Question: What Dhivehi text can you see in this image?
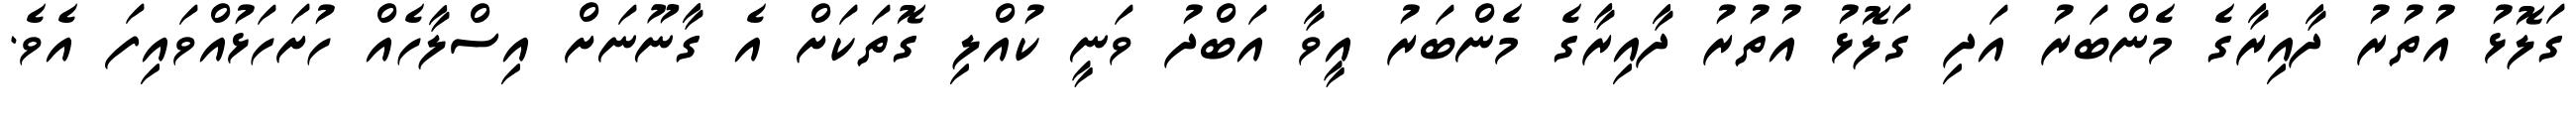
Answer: ގަލޮޅު އުތުރު ދާއިރާގެ މެންބަރު އަދި ގަލޮޅު އުތުރު ދާއިރާގެ މެންބަރު އީވާ އަބްދު ވަނީ ކުއްލި ގޮތަކަށް އެ ގާނޫނަށް އިސްލާހެއް ހުށަހަޅުއްވައިފަ އެވެ.